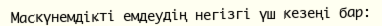
Маскүнемдікті емдеудің негізгі үш кезеңі бар: